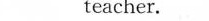
teacher.